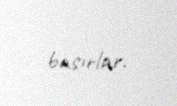
basırlar.